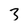
Character: 3